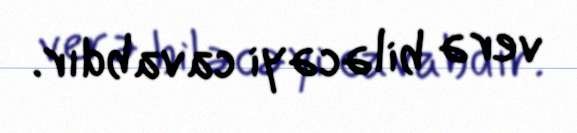
verə biləcəyi cavabdır.